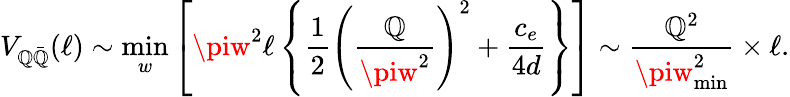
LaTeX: V_{\mathbb{Q}\bar{{\mathbb{Q}}}}(\ell)\sim\operatorname*{min}_{w}\left[\piw^{2}\ell\left\{ \frac{{1}}{{2}}\left(\frac{{\mathbb{Q}}}{{\piw^{2}}}\right)^{2}+\frac{{c_{e}}}{{4d}}\right\} \right]\sim\frac{{\mathbb{Q}^{2}}}{{\piw_{\mathrm{{min}}}^{2}}}\times\ell.